画像に写った文字を読んでください
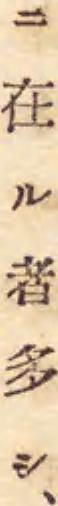
「ニ在ル者多シ、」と書いてあります